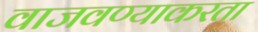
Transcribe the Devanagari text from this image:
वाजवण्याकरता